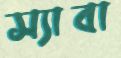
স্যাবা